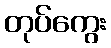
တုပ်ကွေး